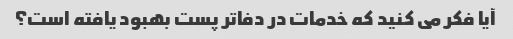
آیا فکر می کنید که خدمات در دفاتر پست بهبود یافته است؟